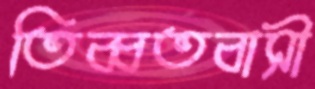
তিব্বতবাসী